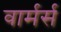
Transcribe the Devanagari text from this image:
वार्मर्स